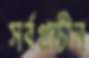
সর্বপ্রাচীন